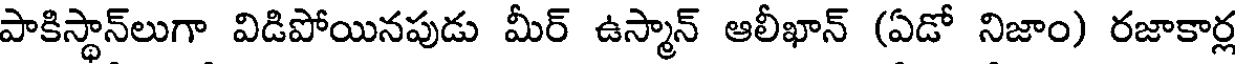
పాకిస్థాన్లుగా విడిపోయినపుడు మీర్ ఉస్మాన్ ఆలీఖాన్ (ఏడో నిజాం) రజాకార్ల